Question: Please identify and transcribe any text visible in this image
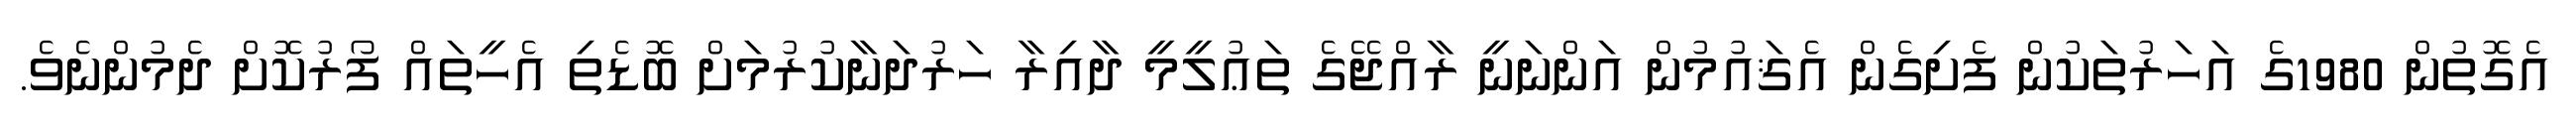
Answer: އެގޮތުން 1980ގެ އަހަރުތަކުން ފެށިގެން އެޤައުމުން އަންނަނީ ރާއްޖޭގެ ތަޢުލީމީ ދާއިރާ ހަރުދަނާކުރުމަށް ބޮޑެތި އެހީތައް ފޯރުކޮށް ދެމުންނެވެ.